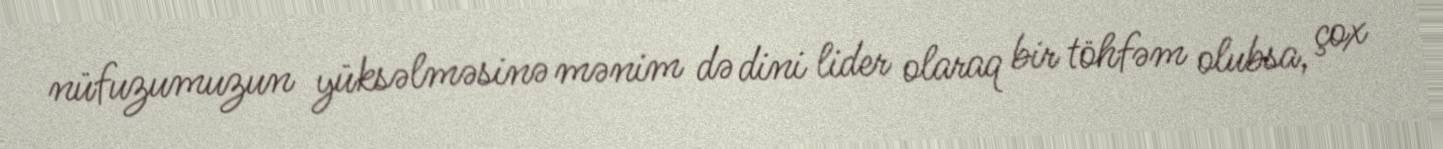
nüfuzumuzun yüksəlməsinə mənim də dini lider olaraq bir töhfəm olubsa, çox